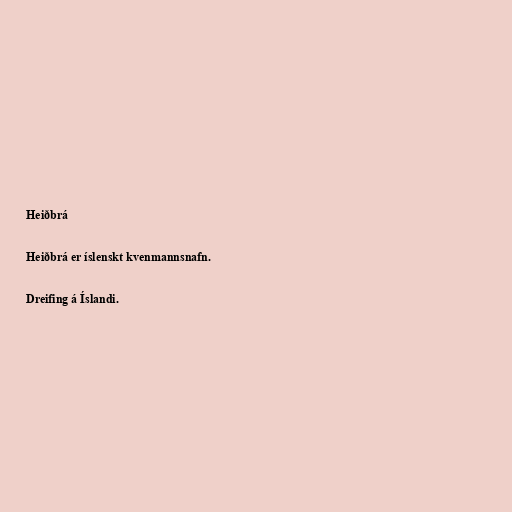
Heiðbrá

Heiðbrá er íslenskt kvenmannsnafn.

Dreifing á Íslandi.